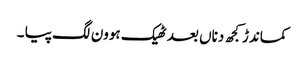
کماندڑ کجھ دناں بعد ٹھیک ہوون لگ پیا ۔